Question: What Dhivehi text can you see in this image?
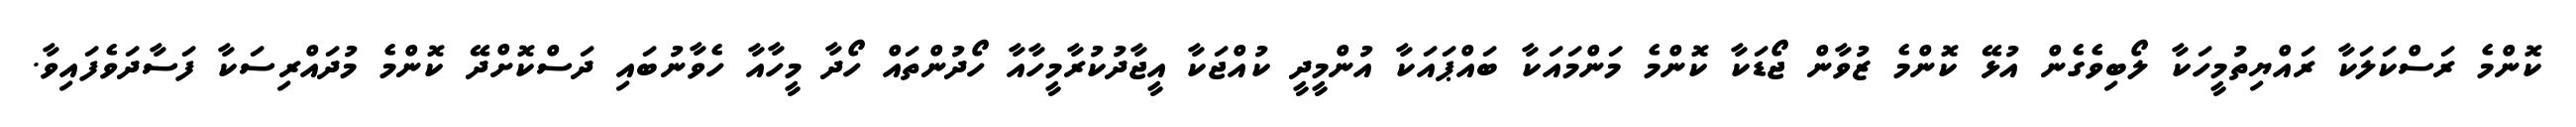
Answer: ކޮންމެ ރަސްކަލަކާ ރައްޔިތުމީހަކާ ލޯބިވެގެން އުޅޭ ކޮންމެ ޒުވާން ޖޯޑަކާ ކޮންމެ މަންމައަކާ ބައްޕައަކާ އުންމީދީ ކުއްޖަކާ އީޖާދުކުރާމީހާއާ ހޯދުންތައް ހޯދާ މީހާއާ ހެވާނުބައި ދަސްކޮށްދޭ ކޮންމެ މުދައްރިސަކާ ފަސާދަވެފައިވާ.